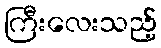
ကြီးလေးသည့်